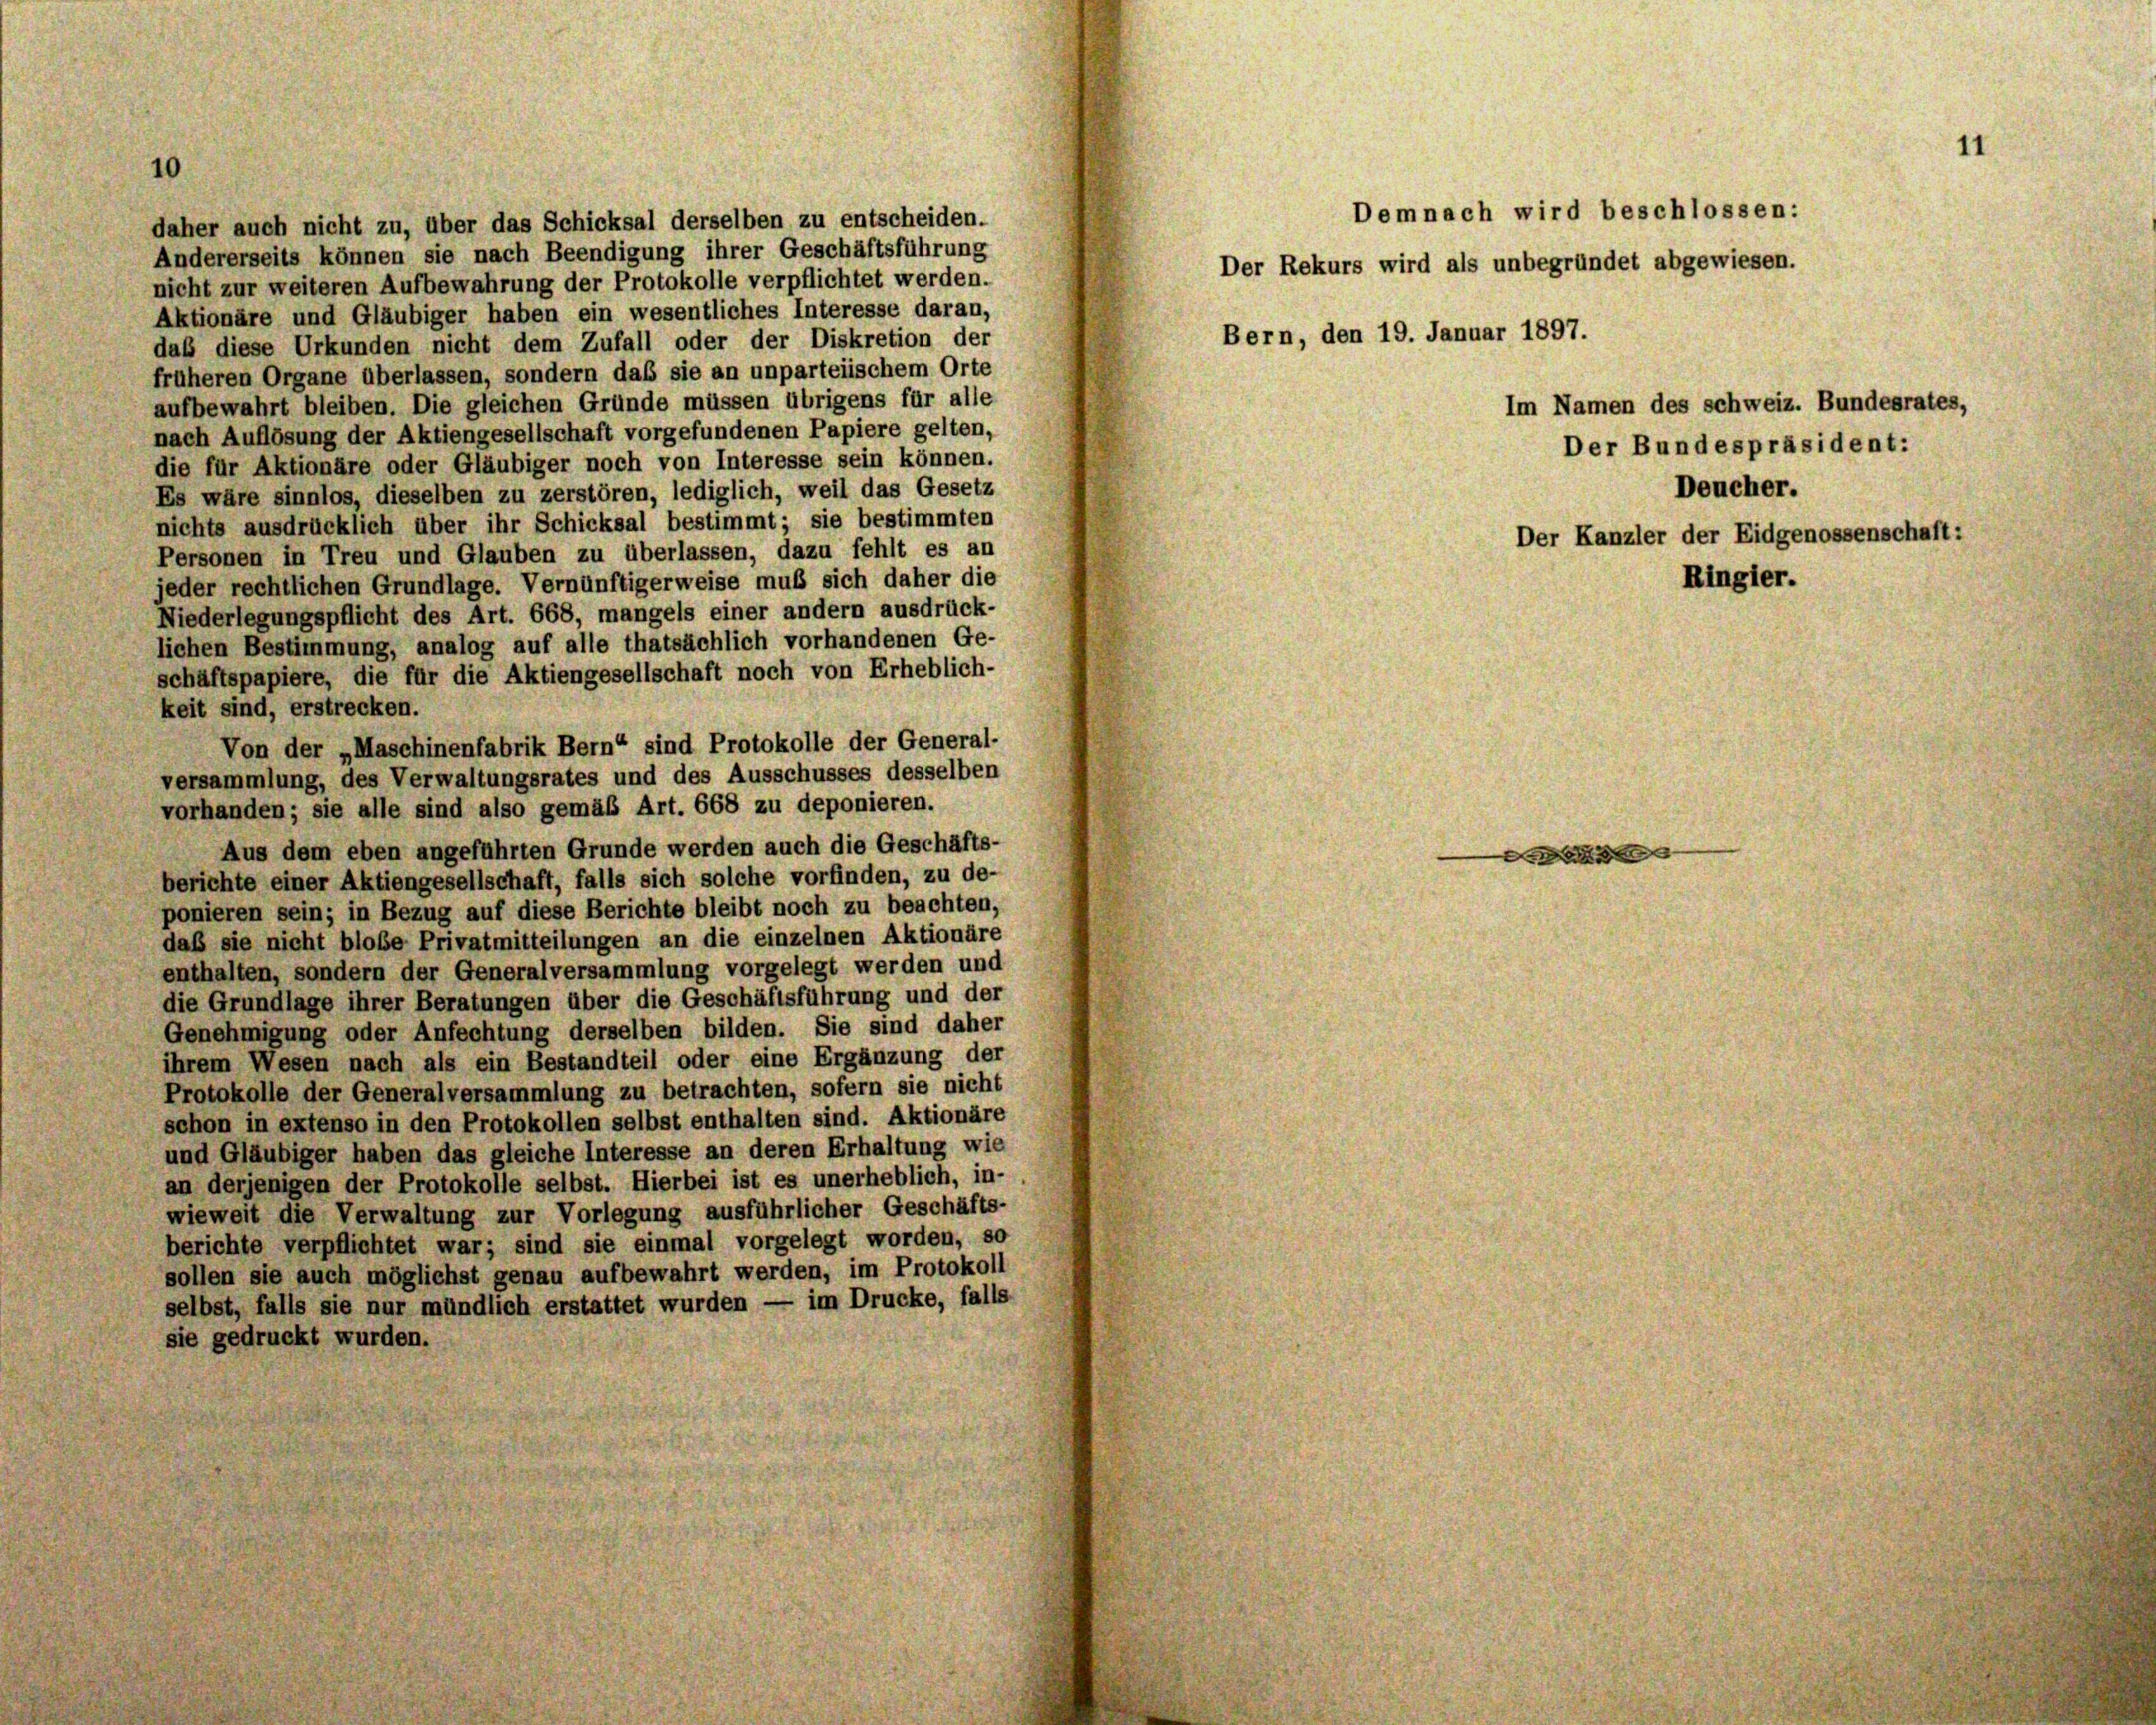
daher auch nicht zu, über das Schicksal derselben zu entscheiden.
Andererseits können sie nach Beendigung ihrer Geschäftsführung
nicht zur weiteren Aufbewahrung der Protokolle verpflichtet werden.
Aktionäre und Gläubiger haben ein wesentliches Interesse daran,
daß diese Urkunden nicht dem Zufall oder der Diskretion der
früheren Organe überlassen, sondern daß sie an unparteiischem Orte
aufbewahrt bleiben. Die gleichen Gründe müssen übrigens für alle
nach Auflösung der Aktiengesellschaft vorgefundenen Papiere gelten,
die für Aktionäre oder Gläubiger noch von Interesse sein können.
Es wäre sinnlos, dieselben zu zerstören, lediglich, weil das Gesetz
nichts ausdrücklich über ihr Schicksal bestimmt; sie bestimmten
Personen in Treu und Glauben zu überlassen, dazu fehlt es an
jeder rechtlichen Grundlage. Vernünftigerweise muß sich daher die
Niederlegungspflicht des Art. 668, mangels einer andern ausdrück-
lichen Bestimmung, analog auf alle thatsächlich vorhandenen Ge-
schäftspapiere, die für die Aktiengesellschaft noch von Erheblich-
keit sind, erstrecken.
Von der „Maschinenfabrik Bern“ sind Protokolle der General-
versammlung, des Verwaltungsrates und des Ausschusses desselben
vorhanden; sie alle sind also gemäß Art. 668 zu deponieren.
Aus dem eben angeführten Grunde werden auch die Geschäfts-
berichte einer Aktiengesellschaft, falls sich solche vorfinden, zu de-
ponieren sein; in Bezug auf diese Berichte bleibt noch zu beachten,
daß sie nicht bloße Privatmitteilungen an die einzelnen Aktionäre
enthalten, sondern der Generalversammlung vorgelegt werden und
die Grundlage ihrer Beratungen über die Geschäftsführung und der
Genehmigung oder Anfechtung derselben bilden. Sie sind daher
ihrem Wesen nach als ein Bestandteil oder eine Ergänzung der
Protokolle der Generalversammlung zu betrachten, sofern sie nicht
schon in extenso in den Protokollen selbst enthalten sind. Aktionäre
und Gläubiger haben das gleiche Interesse an deren Erhaltung wie
an derjenigen der Protokolle selbst. Hierbei ist es unerheblich, in-
wieweit die Verwaltung zur Vorlegung ausführlicher Geschäfts-
berichte verpflichtet war; sind sie einmal vorgelegt worden, so
sollen sie auch möglichst genau aufbewahrt werden, im Protokoll
selbst, falls sie nur mündlich erstattet wurden — im Drucke, falls
sie gedruckt wurden.

10

Demnach wird beschlossen:
Der Rekurs wird als unbegründet abgewiesen.

Bern, den 19. Januar 1897.

Ringier.

d

Im Namen des schweiz. Bundesrates,
Deucher.
Der Kanzler der Eidgenossenschaft:

Der Bundespräsident:

11